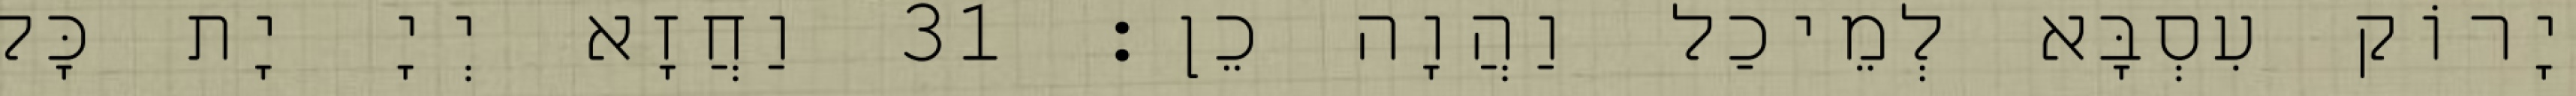
יָרוֹק עִסְבָּא לְמֵיכַל וַהֲוָה כֵן׃ 31 וַחֲזָא יְיָ יָת כָּל